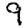
Digit: 9